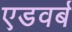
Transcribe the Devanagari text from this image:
एडवर्ब